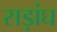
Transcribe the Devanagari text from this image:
सड़ांघ